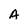
Character: A